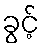
ခွင့်